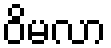
ဝိမလာ